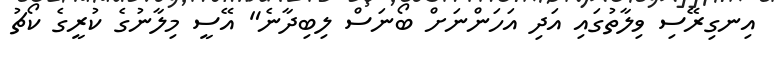
އިނގިރޭސި ވިލާތުގައި އަދި އަހަންނަށް ބޯނަސް ލިބިދާނެ" އޭސީ މިލާނުގެ ކުރީގެ ކޯޗު